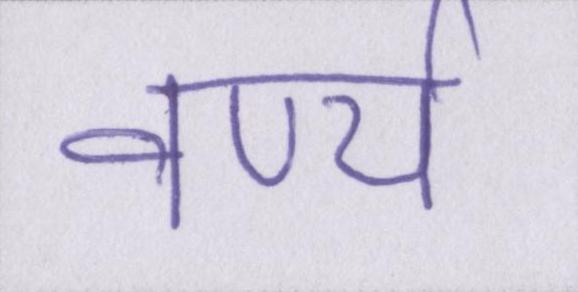
वर्ण्य